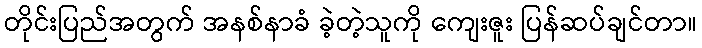
တိုင်းပြည်အတွက် အနစ်နာခံ ခဲ့တဲ့သူကို ကျေးဇူး ပြန်ဆပ်ချင်တာ။